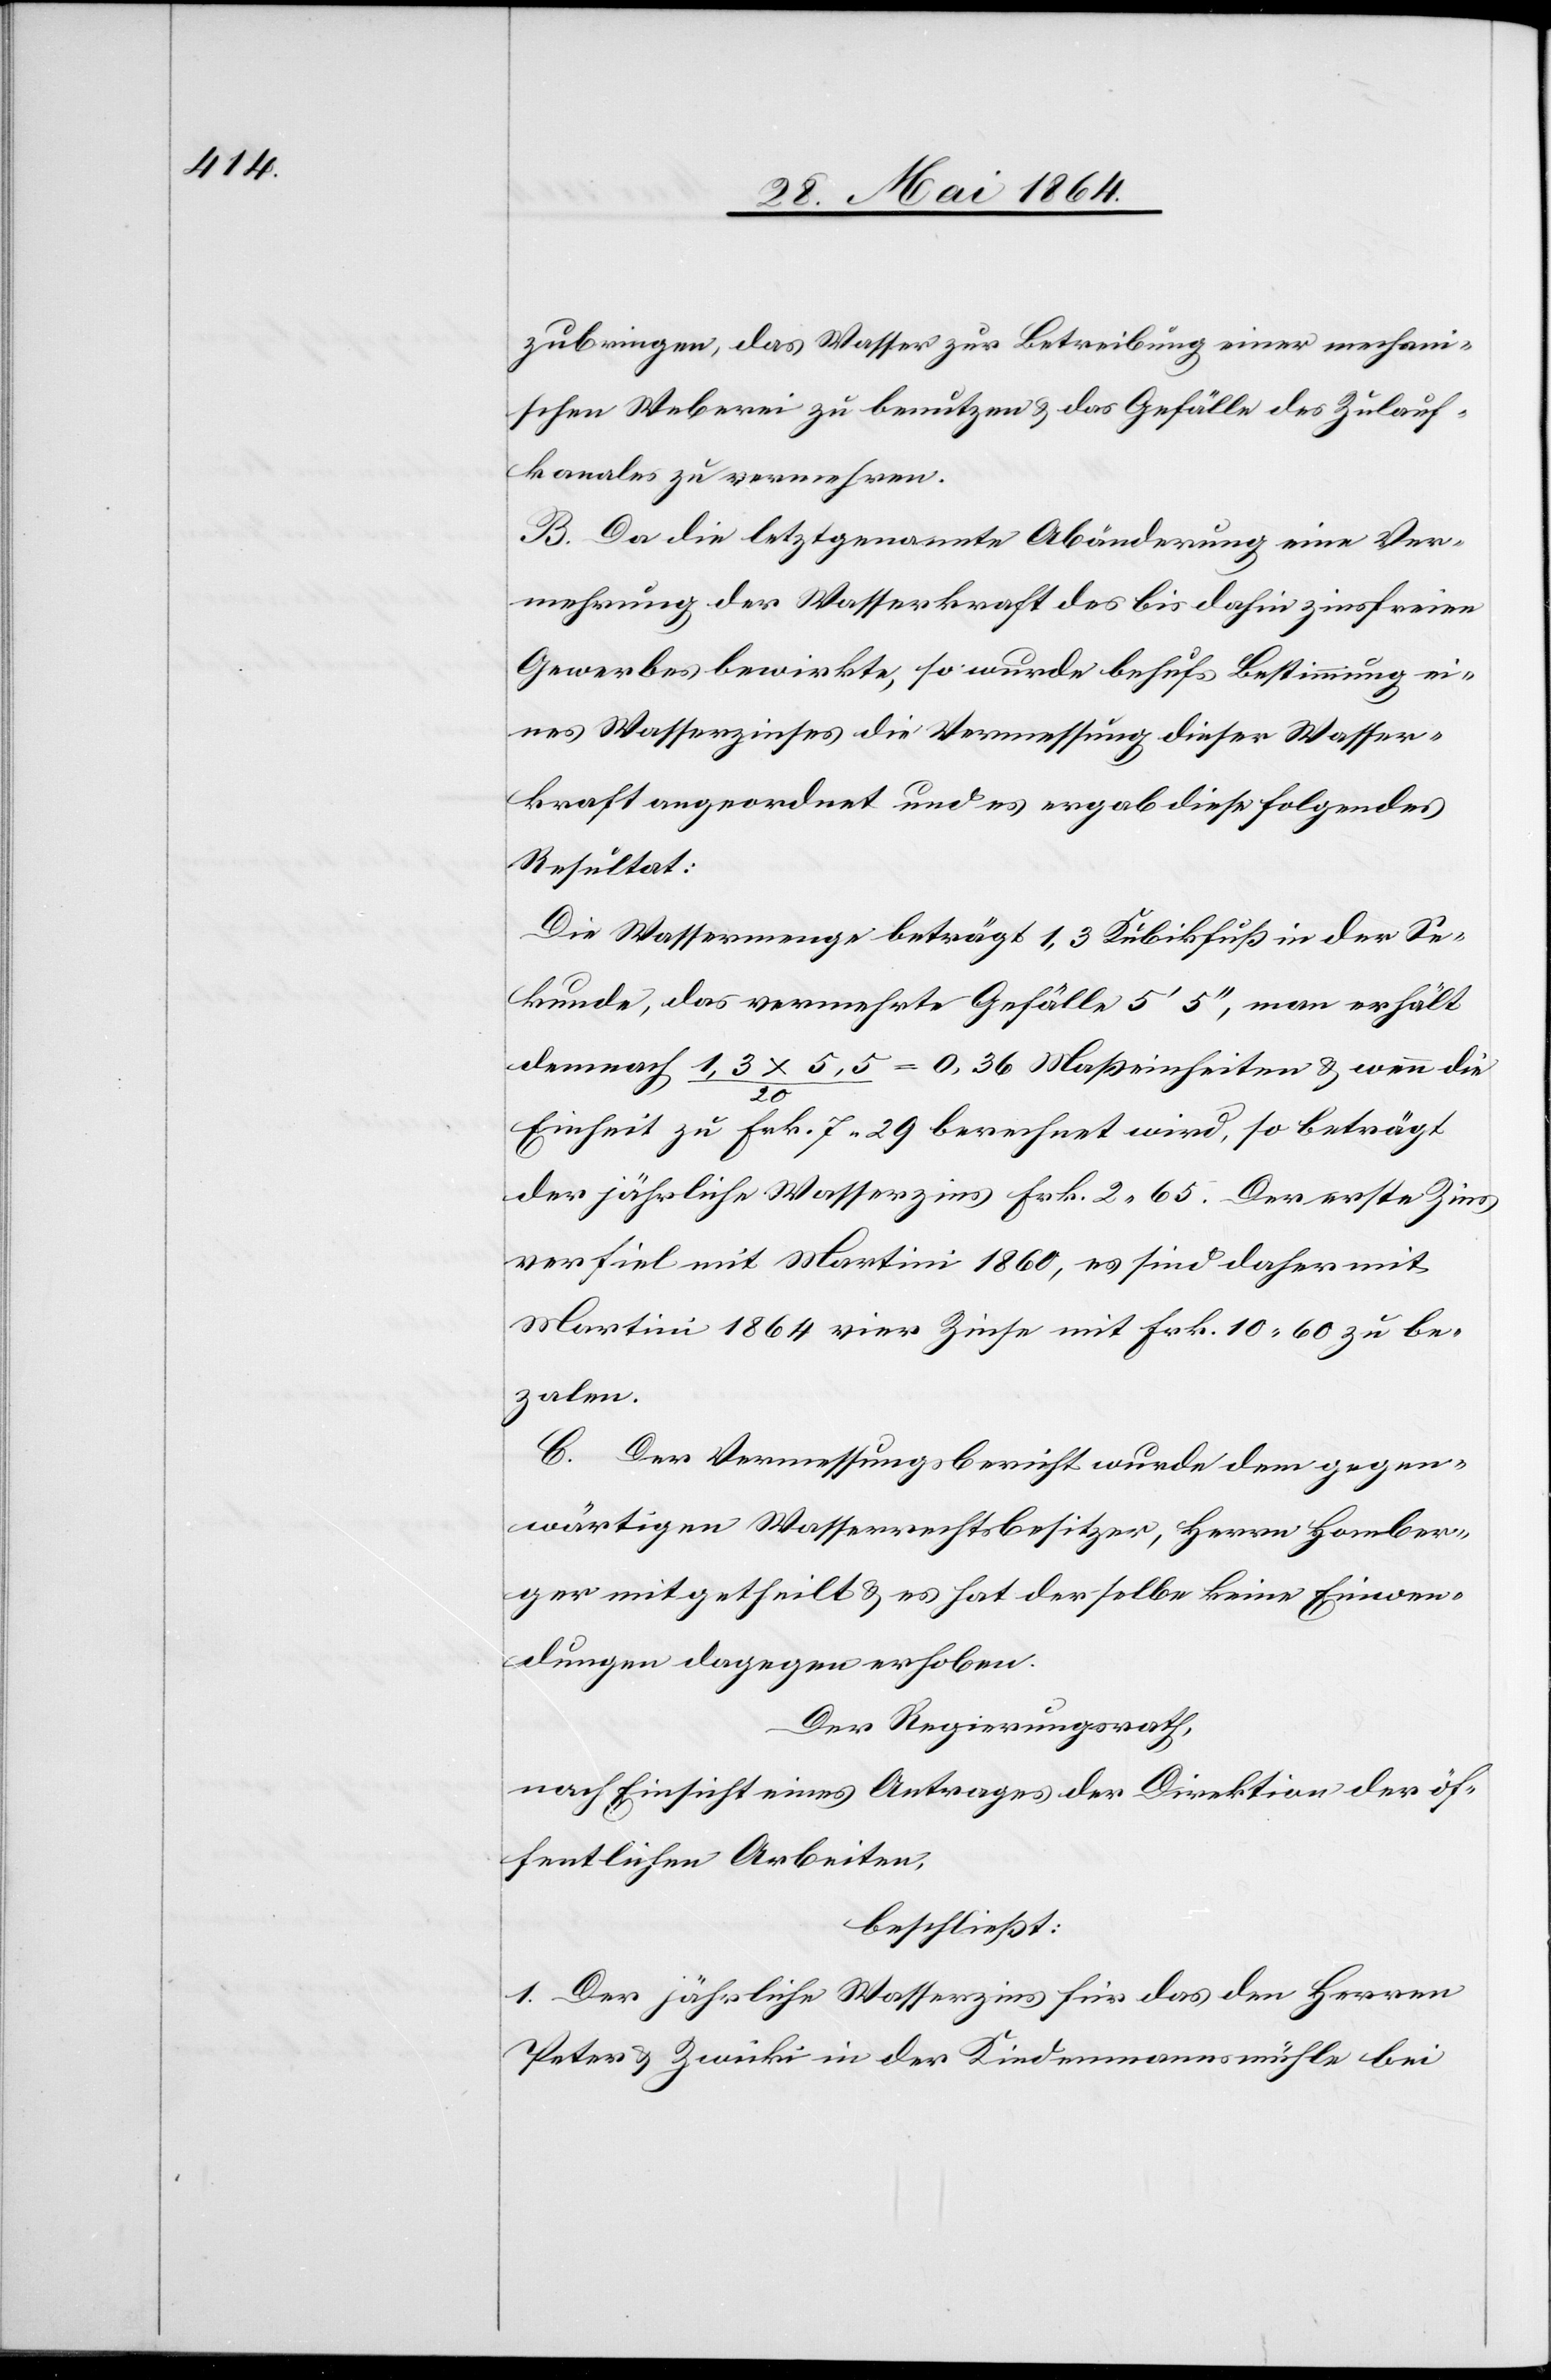
zubringen, das Wasser zur Betreibung einer mechani¬
schen Weberei zu benutzen u. das Gefälle des Zulauf¬
kanales zu vermehren.
B. Da die letztgenannte Abänderung eine Ver¬
mehrung der Wasserkraft des bis dahin zinsfreien
Gewerbes bewirkte, so wurde behufs Bestimmung ei¬
nes Wasserzinses die Vermessung dieser Wasser¬
kraft angeordnet und es ergab diese folgendes
Resultat:
Die Wassermenge beträgt 1,3 Kubikfuß in der Se¬
kunde, das vermachte Gefälle 5’ 5’’, man erhält
demnach 1,3 x 5,5 / 20 = 0,36 Maßeinheiten u. wenn die
Einheit zu Frk. 7 29 berechnet wird, so beträgt
der jährliche Wasserzins Frk. 2 65. Der erste Zins
verfiel mit Martini 1860, es sind daher mit
Martini 1864 vier Zinse mit Frk. 10 60 zu be¬
zalen.
C. Der Vermessungsbericht wurde dem gegen¬
wärtigen Wasserrechtsbesitzer, Herrn Homber¬
ger mitgetheilt u. es hat derselbe keine Einwen¬
dungen dagegen erhoben.
Der Regierungsrath,
nach Einsicht eines Antrages der Direktion der öf¬
fentlichen Arbeiten,
beschließt:
1. Der jährliche Wasserzins für das den Herren
Peter u. Zwicki in der Kindenmannsmühle bei